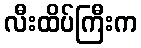
လီးထိပ်ကြီးက